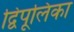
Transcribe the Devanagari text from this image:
द्विपूलिका